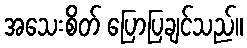
အသေးစိတ် ပြောပြချင်သည်။